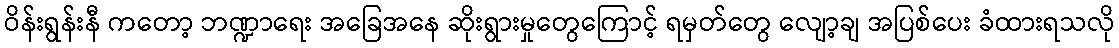
ဝိန်းရွန်းနီ ကတော့ ဘဏ္ဍာရေး အခြေအနေ ဆိုးရွားမှုတွေကြောင့် ရမှတ်တွေ လျော့ချ အပြစ်ပေး ခံထားရသလို